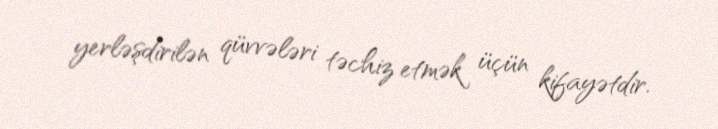
yerləşdirilən qüvvələri təchiz etmək üçün kifayətdir.